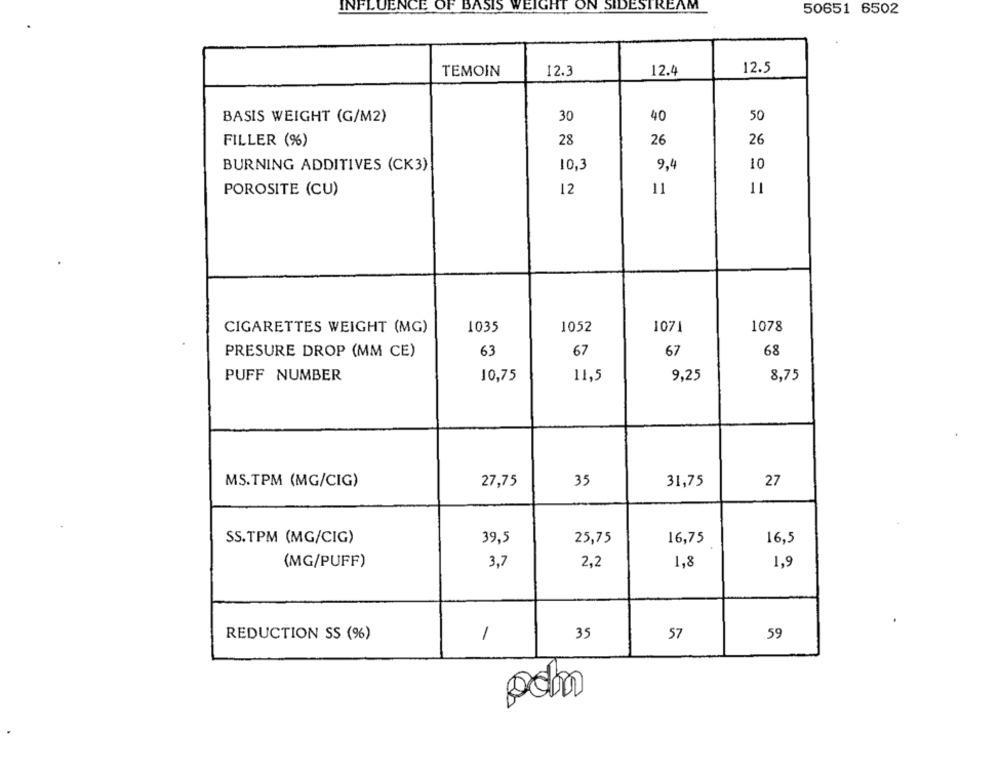
INFLUENCE OF BASIS
EIGHT ON SIDESTREAM
50651 6502
12.5
TEMOIN
12.3
12.4
30
40
50
BASIS WEIGHT (G/M2)
26
FILLER (%)
28
26
BURNING ADDITIVES (CK3)
10,3
9,4
10
POROSITE (CU)
12
11
11
CIGARETTES WEIGHT (MG)
1035
1052
1071
1078
PRESURE DROP (MM CE)
63
67
67
68
PUFF NUMBER
10,75
11,5
9,25
8,75
MS.TPM (MG/CIG)
27,75
35
31,75
27
SS.TPM (MG/CIG)
39,5
25,75
16,75
16,5
(MG/PUFF)
3,7
2,2
1,8
1,9
35
59
REDUCTION SS (%)
1
57
pdm